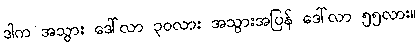
ဒါက အသွား ဒေါ်လာ ၃၀လား အသွားအပြန် ဒေါ်လာ ၅၅လား။